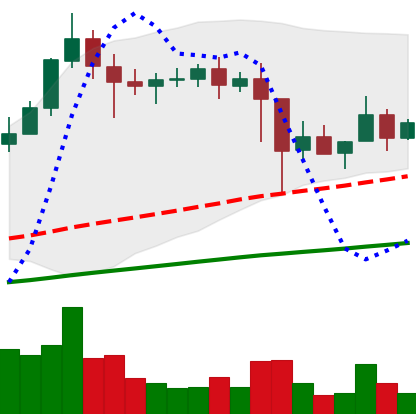
Ticker: XLM-USD
Chart end date: 2021-03-01
Forward return: -6.276%
Label: down_5_7